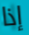
إذا